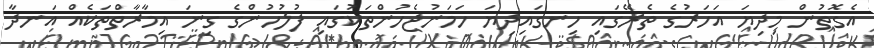
އެގޮތުން މިދިޔަ އަހަރުގެ ތެރޭގައި ހިނގައިދިޔަ ހަމަނުޖެހުންތަކުގައި ފުލުހުންގެ ގިނަ އިމާރާތްތަކެއް އަނދާ